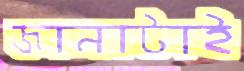
জানাটাই